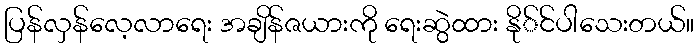
ပြန်လှန်လေ့လာရေး အချိန်ဇယားကို ရေးဆွဲထား နို်င်ပါသေးတယ်။